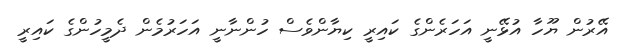
އޭރުން ޔޫހާ އުޅޭނީ އަހަރެންގެ ކައިރީ ކިޔާންވެސް ހުންނާނީ އަހަރުމެން ދެމީހުންގެ ކައިރީ